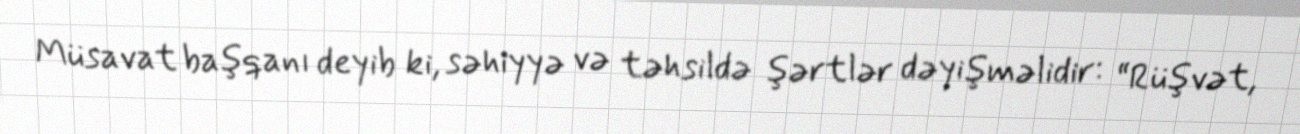
Müsavat başqanı deyib ki, səhiyyə və təhsildə şərtlər dəyişməlidir: “Rüşvət,